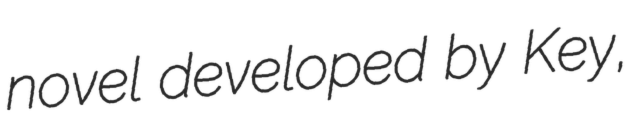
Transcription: novel developed by Key,